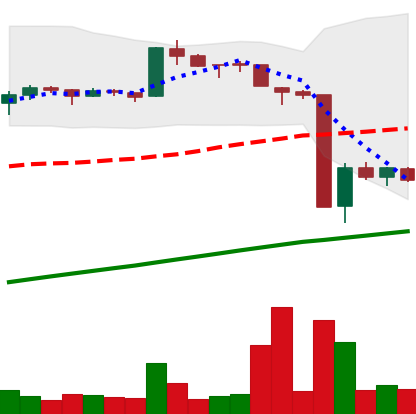
Ticker: BTC-USD
Chart end date: 2016-01-19
Forward return: 6.003%
Label: up_5_7